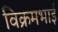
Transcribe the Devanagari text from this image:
विक्रमभाई